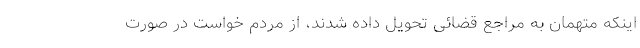
اینکه متهمان به مراجع قضائی تحویل داده شدند، از مردم خواست در صورت